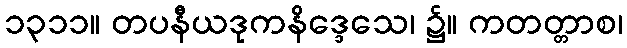
၁၃၁၁။ တပနီယဒုကနိဒ္ဒေသေ၊ ၌။ ကတတ္တာစ၊